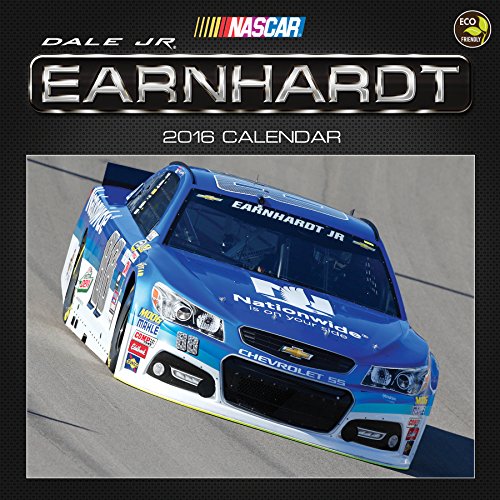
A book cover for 2016 Dale Earnhardt Jr Wall Calendar; Dale Earnhardt Jr; Sports & Outdoors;